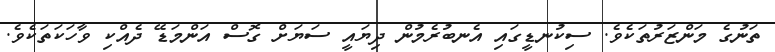
ތަނުގެ މަންޒަރުތަކެވެ. ސިކުނޑީގައި އެނބުރެމުން ދިޔައީ ސަޔަށް ގޮސް އަންމަޑޭ ދެއްކި ވާހަކަތަކެވެ.